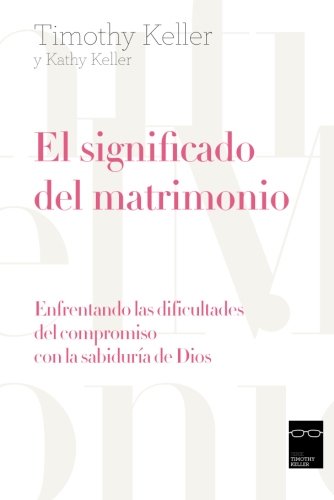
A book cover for el significado del matrimonio: Enfrentando las dificultades del compromiso con la sabidurÃ­a de Dios (Spanish Edition); Timothy Keller; Christian Books & Bibles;